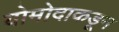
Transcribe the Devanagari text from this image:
योमोदाकडून